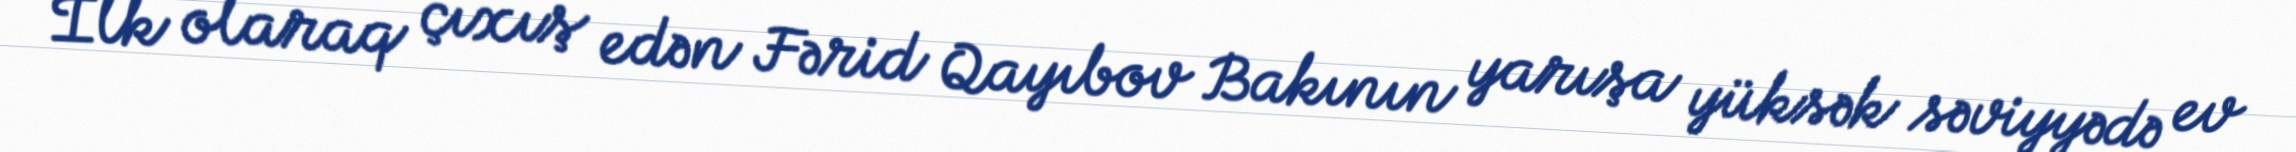
İlk olaraq çıxış edən Fərid Qayıbov Bakının yarışa yüksək səviyyədə ev